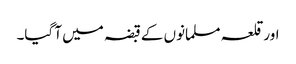
اورقلعہ مسلمانوں کے قبضہ میں آ گیا۔